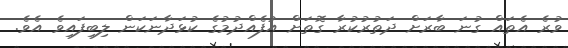
ވުރެ އެތައް ގުނަ ބާރަށް ދަތުރުކުރާ ގޮތަށް އުފެއްދުމުގެ ކުޅަދާނަކަން ލިބިފައިވެ އެވެ.